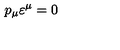
p _ { \mu } \varepsilon ^ { \mu } = 0